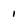
Character: 1